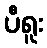
ပီရူး